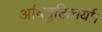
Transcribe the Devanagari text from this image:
अधिमुक्तिचर्या।